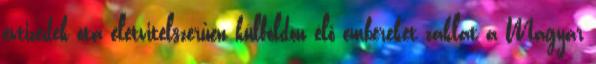
évtizedek óta életvitelszerűen külföldön élő embereket zaklat a Magyar